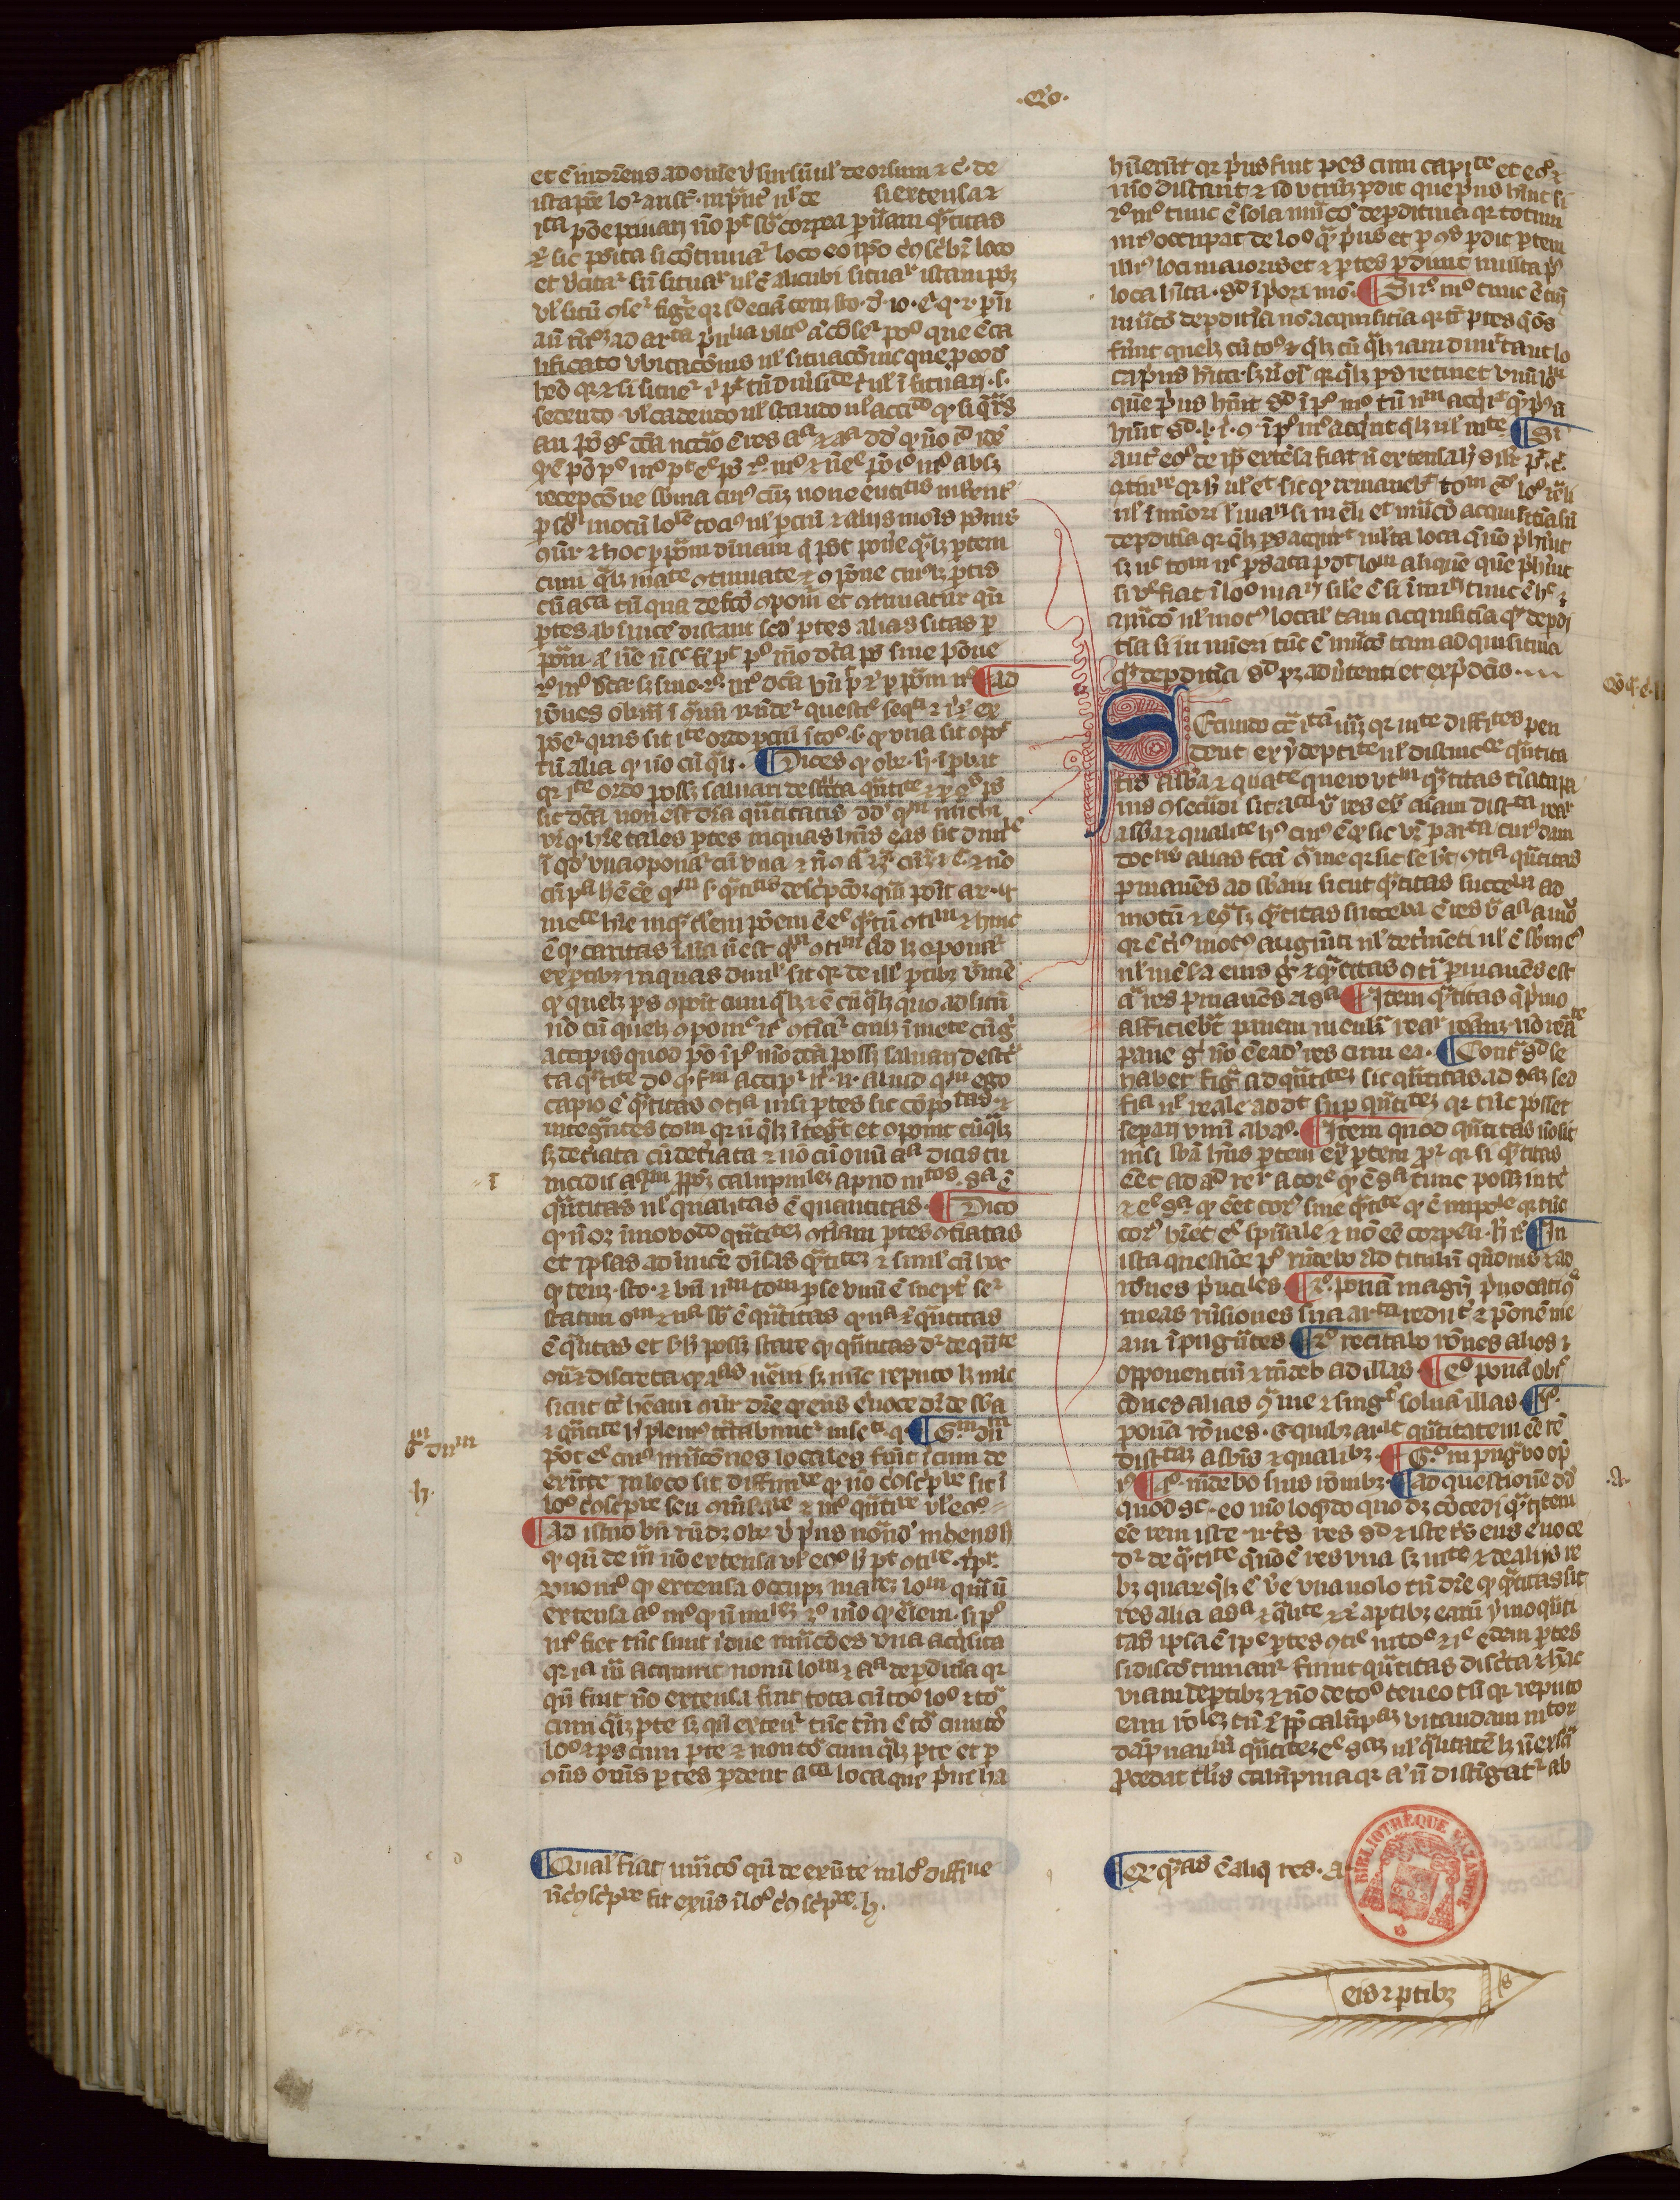
Shelfmark: Paris, Mazarine, ms. 915
Century: 14